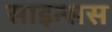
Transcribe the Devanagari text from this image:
साइन्सस